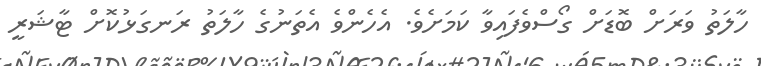
ހާލަތު ވަރަށް ބޮޑަށް ގޯސްވެފައިވާ ކަމަށެވެ. އެހެންވެ އެތަނުގެ ހާލަތު ރަނގަޅުކޮށް ޓާޝަރީ